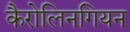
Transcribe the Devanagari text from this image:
कैरोलिनगियन